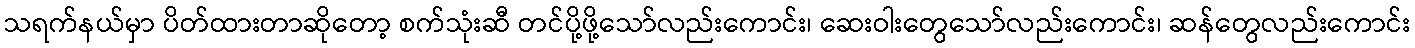
သရက်နယ်မှာ ပိတ်ထားတာဆိုတော့ စက်သုံးဆီ တင်ပို့ဖို့သော်လည်းကောင်း၊ ဆေးဝါးတွေသော်လည်းကောင်း၊ ဆန်တွေလည်းကောင်း